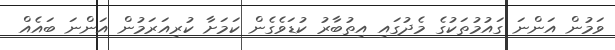
ވަމުން އަންނަ ގައުމުތަކުގެ މެދުގައި އިތުބާރު ކުޑަވެގެން ކަމަށާ ކުރިއަރަމުން އަންނަ ބައެއް